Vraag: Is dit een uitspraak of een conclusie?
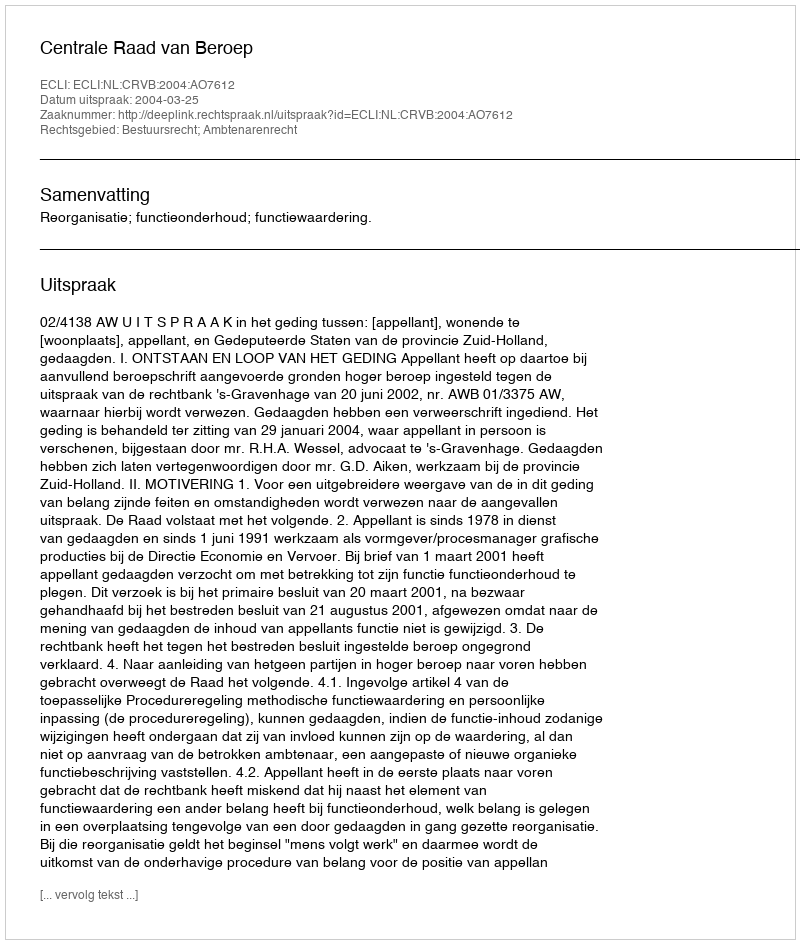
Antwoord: Uitspraak